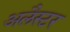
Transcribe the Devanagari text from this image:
अलैस्टर